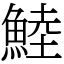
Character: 鯥